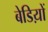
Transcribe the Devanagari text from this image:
बेडिय़ों